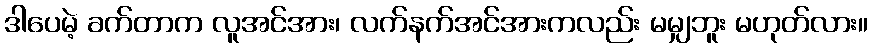
ဒါပေမဲ့ ခက်တာက လူအင်အား၊ လက်နက်အင်အားကလည်း မမျှဘူး မဟုတ်လား။